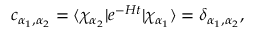
c _ { \alpha _ { 1 } , \alpha _ { 2 } } = \langle \chi _ { \alpha _ { 2 } } \vert e ^ { - H t } \vert \chi _ { \alpha _ { 1 } } \rangle = \delta _ { \alpha _ { 1 } , \alpha _ { 2 } } ,